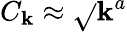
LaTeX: C_{\mathbf{k}}\approx\sqrt{}{{\mathbf{k}^{a}}}